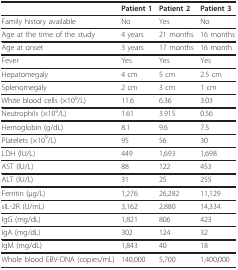
<table><thead><tr><td></td><td><b>Patient 1</b></td><td><b>Patient 2</b></td><td><b>Patient 3</b></td></tr></thead><tbody><tr><td>Family history available</td><td>No</td><td>Yes</td><td>No</td></tr><tr><td>Age at the time of the study</td><td>4 years</td><td>21 months</td><td>16 months</td></tr><tr><td>Age at onset</td><td>3 years</td><td>17 months</td><td>16 month</td></tr><tr><td>Fever</td><td>Yes</td><td>Yes</td><td>Yes</td></tr><tr><td>Hepatomegaly</td><td>4 cm</td><td>5 cm</td><td>2.5 cm</td></tr><tr><td>Splenomegaly</td><td>2 cm</td><td>3 cm</td><td>1 cm</td></tr><tr><td>White blood cells (×10<sup>9</sup>/L)</td><td>11.6</td><td>6.36</td><td>3.03</td></tr><tr><td>Neutrophils (×10<sup>9</sup>/L)</td><td>1.61</td><td>3.915</td><td>0.56</td></tr><tr><td>Hemoglobin (g/dL)</td><td>8.1</td><td>9.6</td><td>7.5</td></tr><tr><td>Platelets (×10<sup>9</sup>/L)</td><td>95</td><td>56</td><td>30</td></tr><tr><td>LDH (IU/L)</td><td>449</td><td>1,693</td><td>1,698</td></tr><tr><td>AST (IU/L)</td><td>88</td><td>122</td><td>453</td></tr><tr><td>ALT (IU/L)</td><td>31</td><td>25</td><td>255</td></tr><tr><td>Ferritin (μg/L)</td><td>1,276</td><td>26,282</td><td>11,129</td></tr><tr><td>sIL-2R (U/mL)</td><td>3,162</td><td>2,880</td><td>14,334</td></tr><tr><td>IgG (mg/dL)</td><td>1,821</td><td>806</td><td>423</td></tr><tr><td>IgA (mg/dL)</td><td>302</td><td>124</td><td>32</td></tr><tr><td>IgM (mg/dL)</td><td>1,843</td><td>40</td><td>18</td></tr><tr><td>Whole blood EBV-DNA (copies/mL)</td><td>140,000</td><td>5,700</td><td>1,400,000</td></tr></tbody></table>